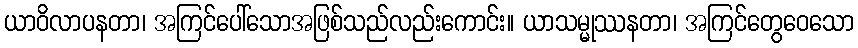
ယာဝိလာပနတာ၊ အကြင်ပေါ်သောအဖြစ်သည်လည်းကောင်း။ ယာသမ္မုဿနတာ၊ အကြင်တွေဝေသော